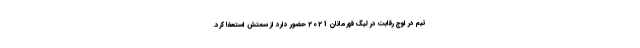
تیم در اوج رقابت در لیگ قهرمانان 2021 حضور دارد از سمتش استعفا کرد.